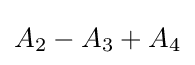
A_{2}-A_{3}+A_{4}